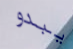
يبدو